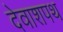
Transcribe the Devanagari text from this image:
देवाशपथ